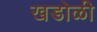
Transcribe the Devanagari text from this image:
खडोळी